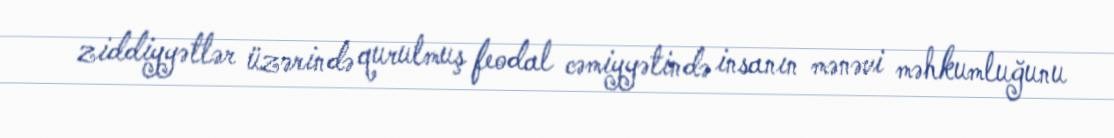
ziddiyyətlər üzərində qurulmuş feodal cəmiyyətində insanın mənəvi məhkumluğunu